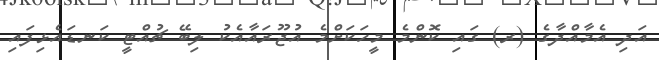
އަދި އެމާއްދާގެ (ރ) ގައި ކޮންމެ މީހަކަށްމެ އުޖޫރައާއެކު ލިބޭ ޗުއްޓީ ކަނޑައެޅިފައި